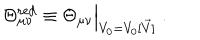
LaTeX: \Theta _ { \mu \nu } ^ { \mathrm { r e d } } \equiv \Theta _ { \mu \nu } \Big | _ { V _ { 0 } = V _ { 0 } [ \vec { V } ] } ~ .